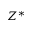
Z ^ { \ast }